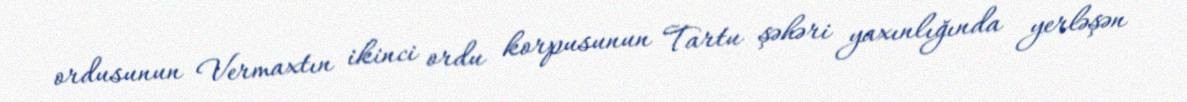
ordusunun Vermaxtın ikinci ordu korpusunun Tartu şəhəri yaxınlığında yerləşən